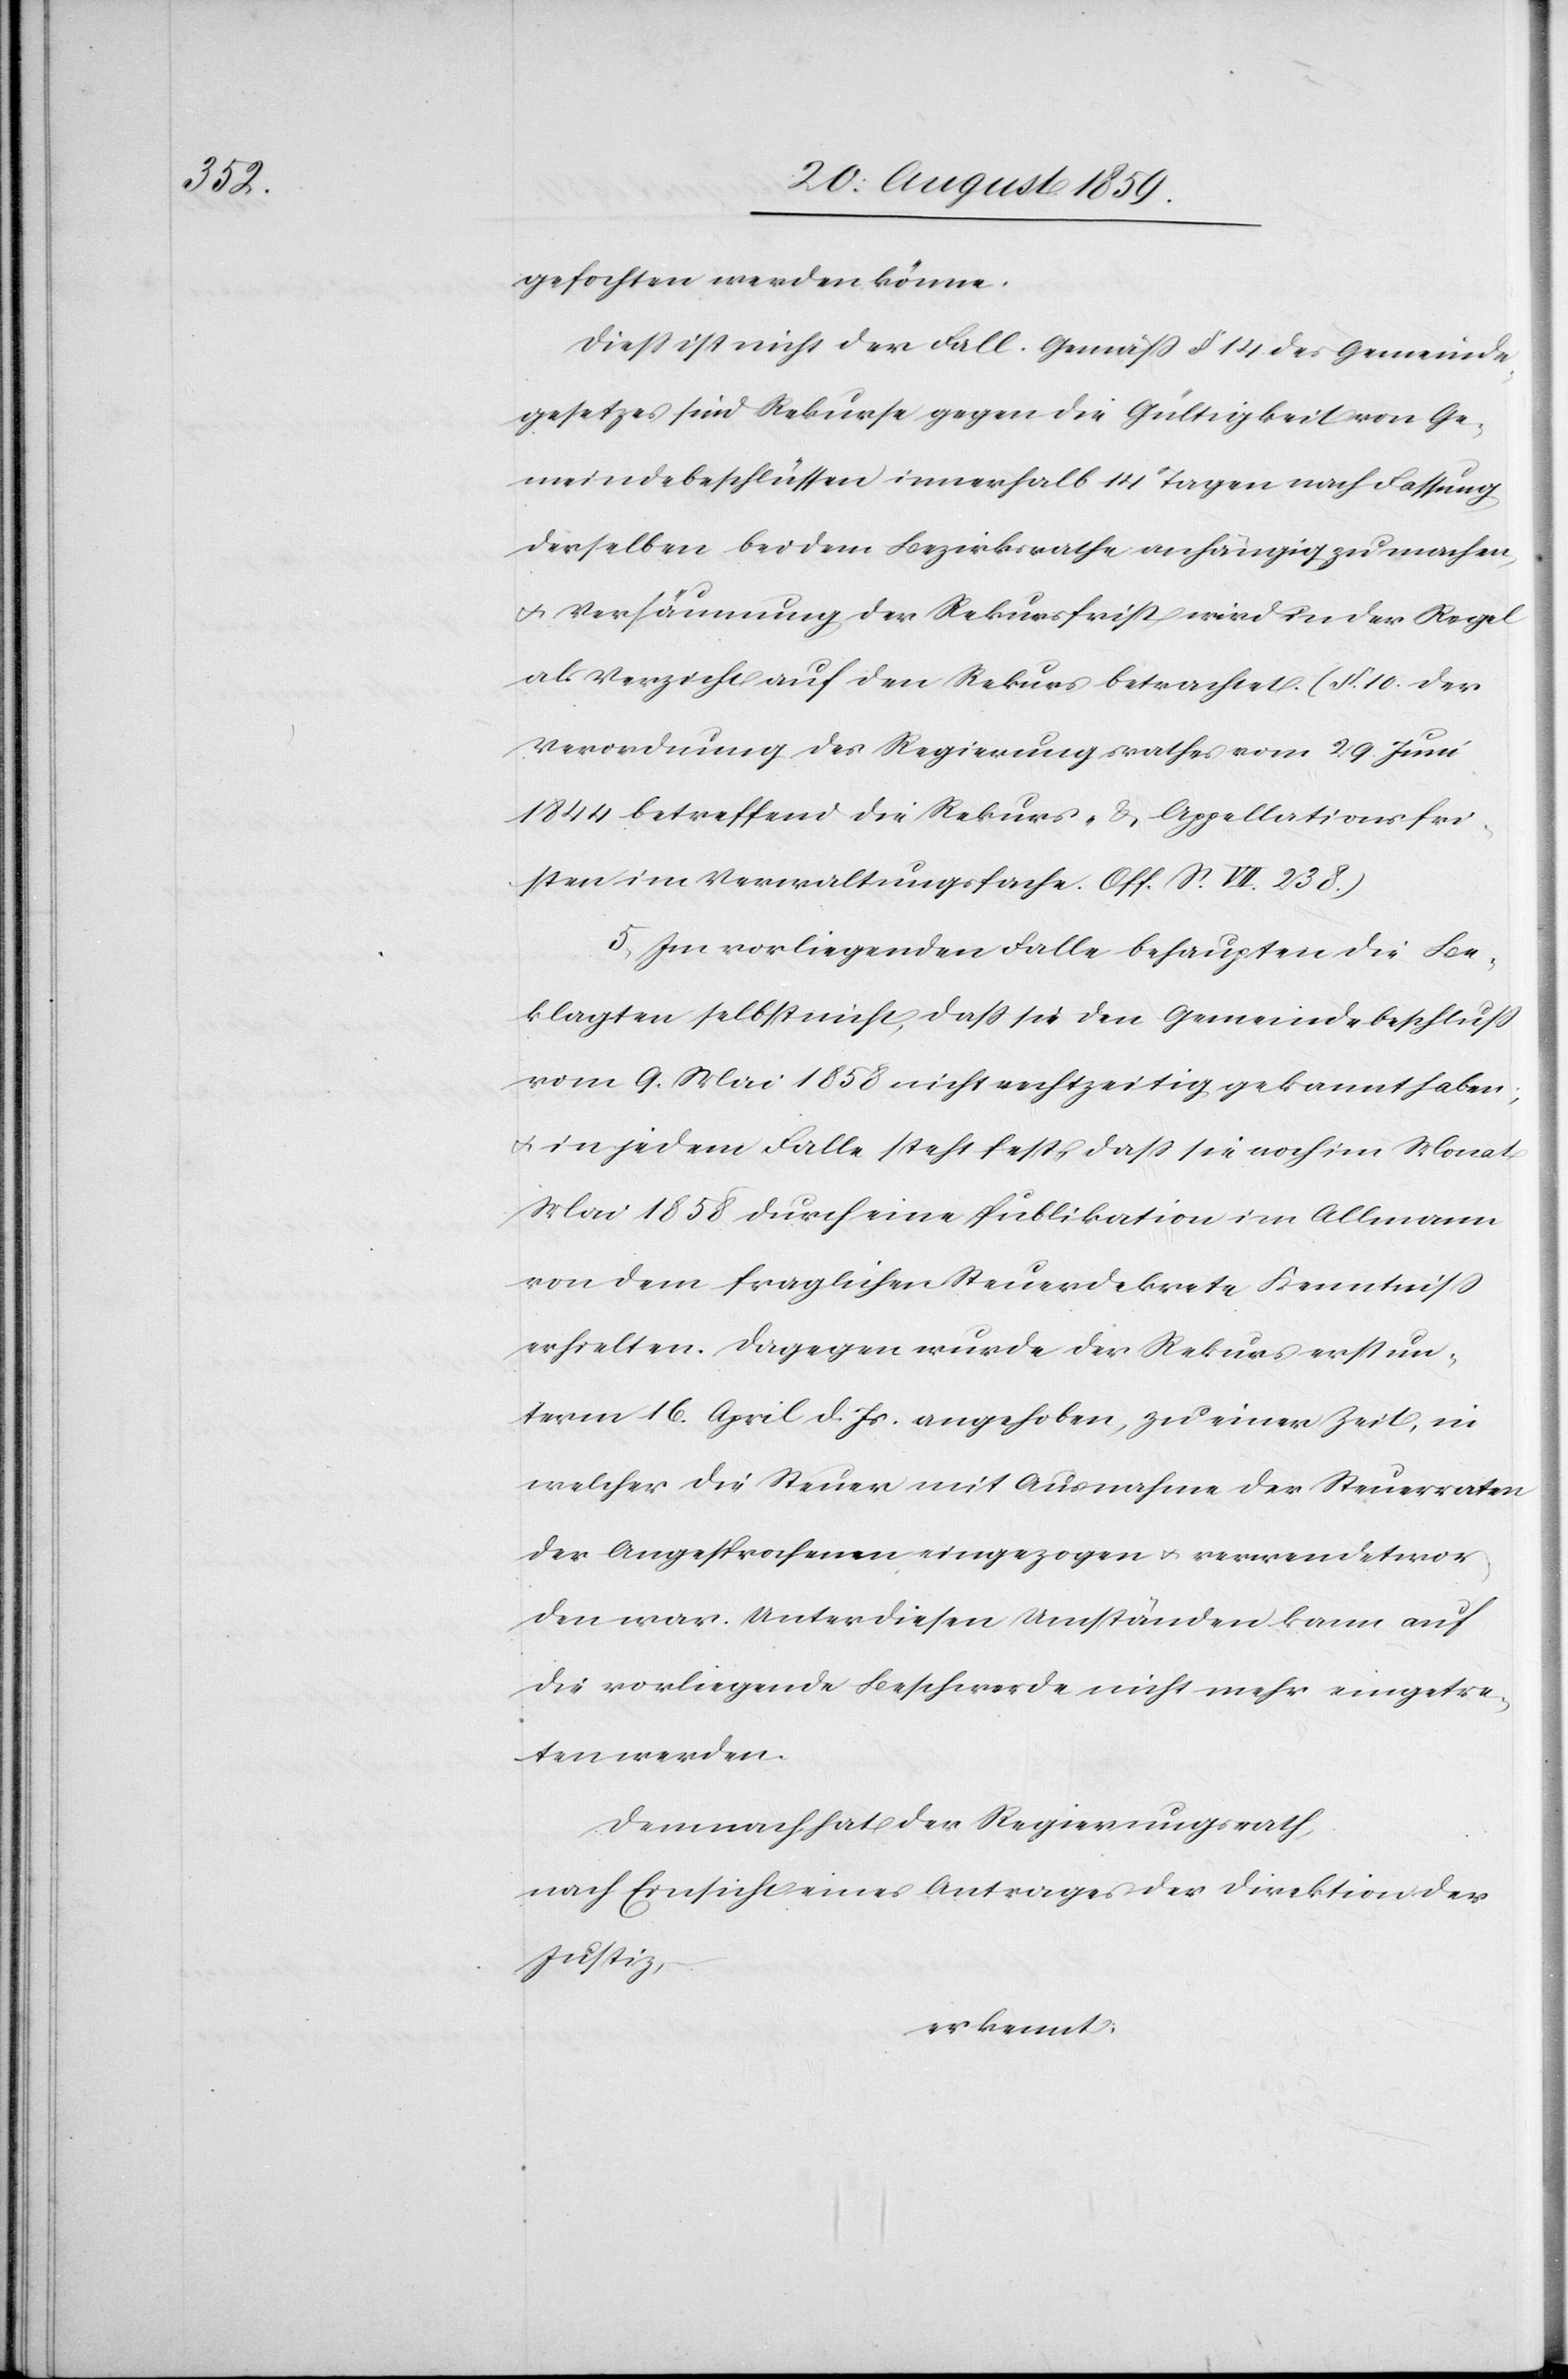
gefochten werden könne.
Dieß ist nicht der Fall. Gemäß § 14 des Gemeinde¬
gesetzes sind Rekurse gegen die Gültigkeit von Ge¬
meindebeschlüssen innerhalb 14 Tagen nach Fassung
derselben bei dem Bezirksrathe anhängig zu machen
u. Versäumung der Rekursfrist wird in der Regel
als Verzicht auf den Rekurs betrachtet. (§ 10. der
Verordnung des Regierungsrathes vom 29. Juni
1844 betreffend die Rekurs- u. Appellationsfri¬
sten im Verwaltungsfache Off. S. VII. 238.)
5. Im vorliegenden Falle behaupten die Be¬
klagten selbst nicht, das sie den Gemeindebeschluß
vom 9. Mai 1858 nicht rechtzeitig gekannt haben;
u. in jedem Falle steht fest, daß sie noch im Monat
Mai 1858 durch eine Publikation im Allmann
von dem fraglichen Steuerdekrete Kenntniß
erhielten. Dagegen wurde der Rekurs erst un¬
term 16. April d. Js. angehoben, zu einer Zeit, in
welcher die Steuer mit Ausnahme der Steuerraten
der Angesprochenen eingezogen u. verwendet wor¬
den war. Unter diesen Umständen kann auf
die vorliegende Beschwerde nicht mehr eingetre¬
ten werden.
Demnach hat der Regierungsrath,
nach Einsicht eines Antrages der Direktion der
Justiz,
erkennt: